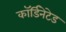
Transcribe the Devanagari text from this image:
कॉर्डिनेटेड